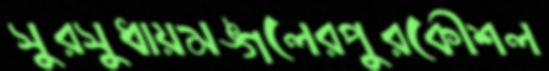
সুরসুধায়মঙ্গলেরপুরকৌশল